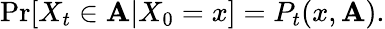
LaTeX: \operatorname*{Pr}[X_{t}\in\mathbf{A}|X_{0}=x]=P_{t}(x,\mathbf{A}).